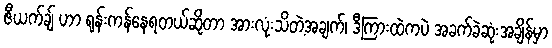
ဇီယက်ချ် ဟာ ရုန်းကန်နေရတယ်ဆိုတာ အားလုံးသိတဲ့အချက်၊ ဒီကြားထဲကပဲ အခက်ခဲဆုံးအချိန်မှာ